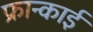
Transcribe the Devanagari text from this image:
फ्रान्काई